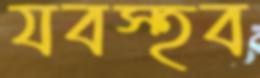
যবস্হব